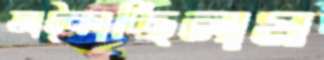
আট্‌কাচ্ছিলাম